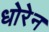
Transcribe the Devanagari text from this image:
धोरेन